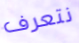
نتعرف